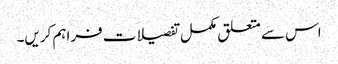
اس سے متعلق مکمل تفصیلات فراہم کریں۔